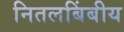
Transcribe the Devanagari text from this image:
नितलबिंबीय